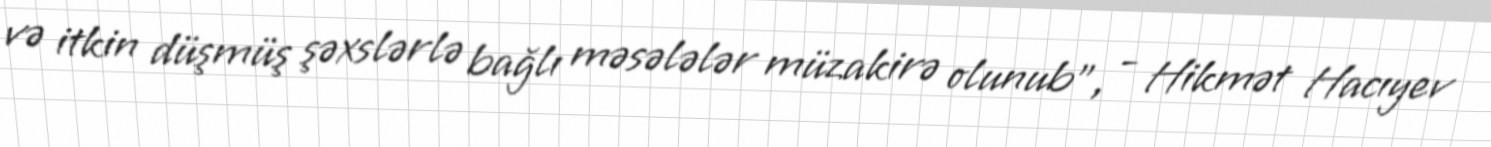
və itkin düşmüş şəxslərlə bağlı məsələlər müzakirə olunub”, - Hikmət Hacıyev